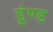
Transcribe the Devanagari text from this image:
डूंण्ड